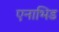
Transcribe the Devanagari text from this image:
एनाभिड